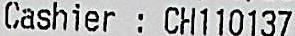
CASHIER: CH110137